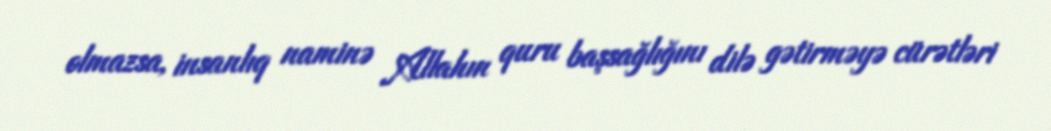
olmazsa, insanlıq naminə Allahın quru başsağlığını dilə gətirməyə cürətləri